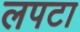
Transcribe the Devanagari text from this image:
लपटा